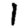
Digit: 1